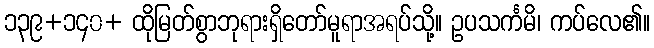
၁၃၉+၁၄၀+ ထိုမြတ်စွာဘုရားရှိတော်မူရာအရပ်သို့။ ဥပသင်္ကမိ၊ ကပ်လေ၏။